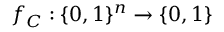
f _ { C } : \{ 0 , 1 \} ^ { n } \to \{ 0 , 1 \}